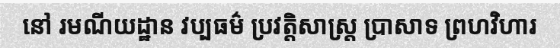
នៅ រមណីយដ្ឋាន វប្បធម៌ ប្រវត្តិសាស្ត្រ ប្រាសាទ ព្រហវិហារ